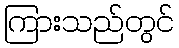
ကြားသည်တွင်